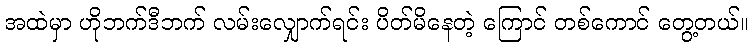
အထဲမှာ ဟိုဘက်ဒီဘက် လမ်းလျှောက်ရင်း ပိတ်မိနေတဲ့ ကြောင် တစ်ကောင် တွေ့တယ်။